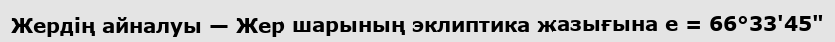
Жердің айналуы — Жер шарының эклиптика жазығына е = 66°33'45"